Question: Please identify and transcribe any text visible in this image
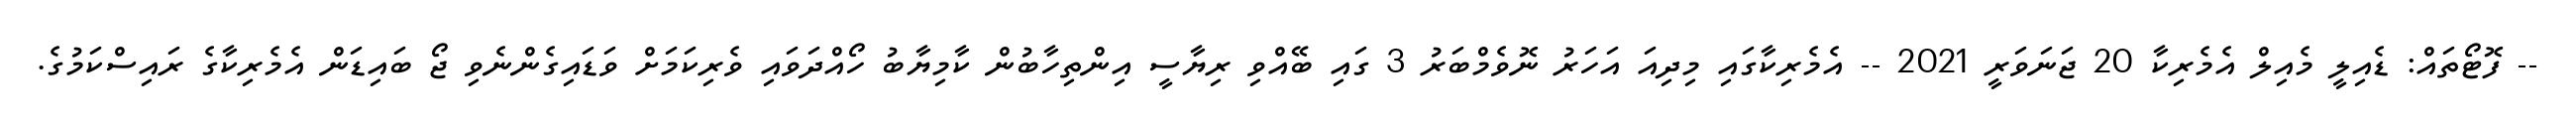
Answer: -- ފޮޓޯތައް: ޑެއިލީ މެއިލް އެމެރިކާ 20 ޖަނަވަރީ 2021 -- އެމެރިކާގައި މިދިއަ އަހަރު ނޮވެމްބަރު 3 ގައި ބޭއްވި ރިޔާސީ އިންތިހާބުން ކާމިޔާބު ހޯއްދަވައި ވެރިކަމަށް ވަޑައިގެންނެވި ޖޯ ބައިޑަން އެމެރިކާގެ ރައިސްކަމުގެ.